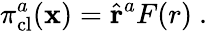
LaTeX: \pi_{\mathrm{cl}}^{a}({\mathbf x})={\hat{\mathbf r}}^{a}F(r)\ .